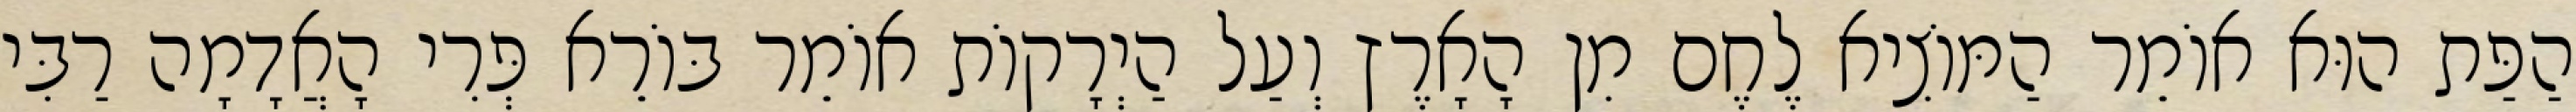
הַפַּת הוּא אוֹמֵר הַמּוֹצִיא לֶחֶם מִן הָאָרֶץ וְעַל הַיְרָקוֹת אוֹמֵר בּוֹרֵא פְּרִי הָאֲדָמָה רַבִּי